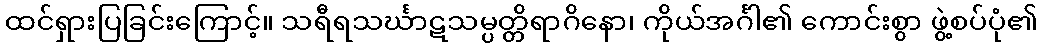
ထင်ရှားပြခြင်းကြောင့်။ သရီရသင်္ဃာဋသမ္ပတ္တိရာဂိနော၊ ကိုယ်အင်္ဂါ၏ ကောင်းစွာ ဖွဲ့စပ်ပုံ၏